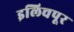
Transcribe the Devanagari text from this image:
इलिचपूर